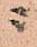
ニ